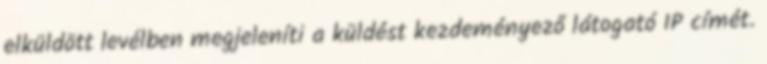
elküldött levélben megjeleníti a küldést kezdeményező látogató IP címét.